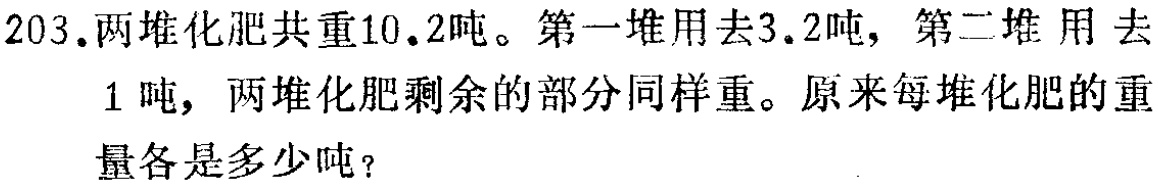
203.两堆化肥共重10.2吨。第一堆用去3.2吨，第二堆用去1吨，两堆化肥剩余的部分同样重。原来每堆化肥的重量各是多少吨？